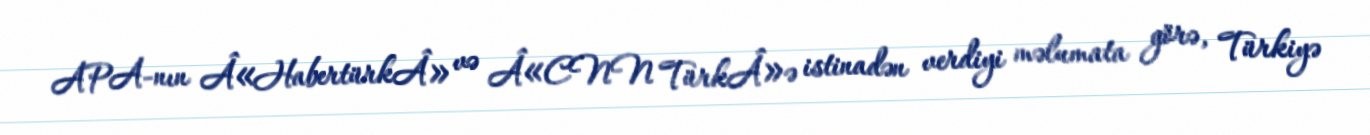
APA-nın Â«HabertürkÂ» və Â«CNN TürkÂ»ə istinadən verdiyi məlumata görə, Türkiyə